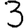
Digit: 3